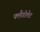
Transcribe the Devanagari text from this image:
फ्लैगोलेट